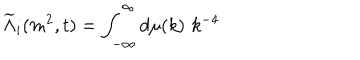
LaTeX: \widetilde { \Lambda } _ { i } ( m ^ { 2 } , t ) = \int _ { - \infty } ^ { \infty } d \mu ( k ) \, \, k ^ { - 4 }